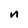
Character: n